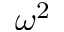
\omega ^ { 2 }